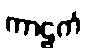
ကာဠကံ